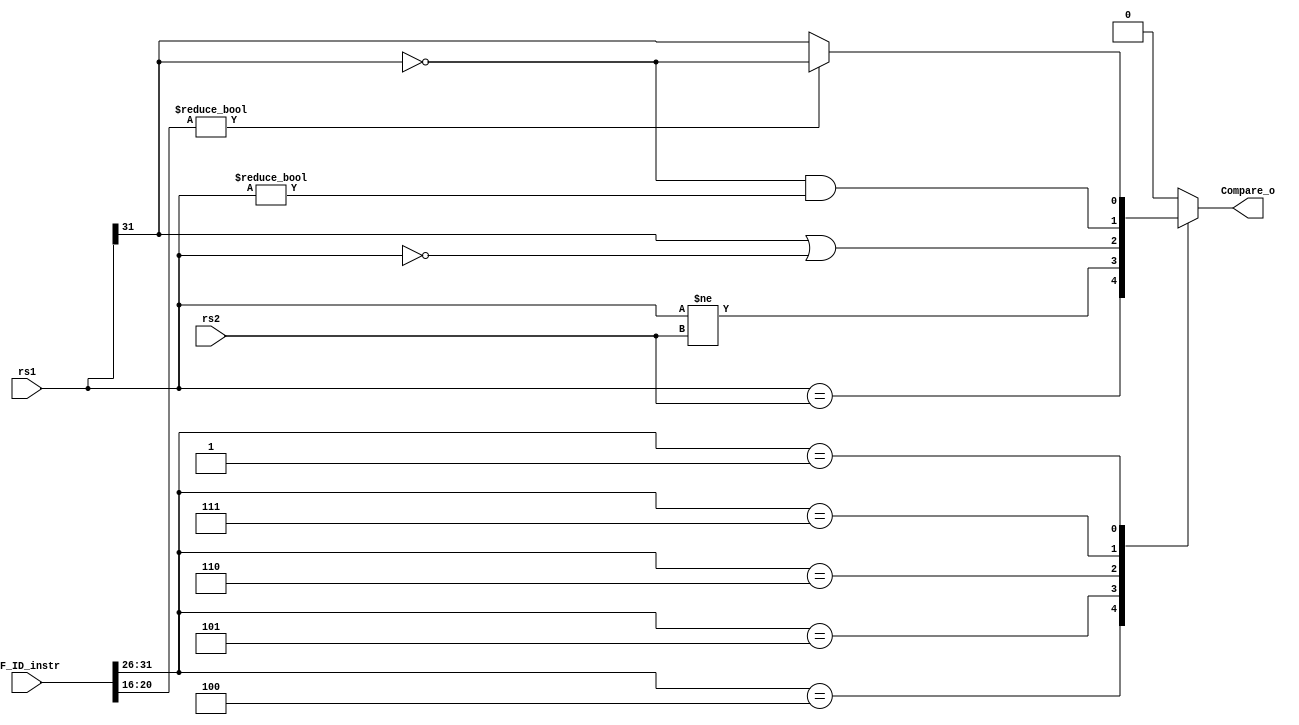
module Compare(rs1,rs2,IF_ID_instr,Compare_o);
  input[31:0] rs1;
  input[31:0] rs2;
  input[31:0] IF_ID_instr;


  output Compare_o;
  
  reg Compare_reg;
  assign Compare_o=Compare_reg;
  initial
    Compare_reg=0;
  always@(rs1 or rs2 or IF_ID_instr)
    begin
      Compare_reg=0;
      case(IF_ID_instr[31:26])
        
        6'b000100:Compare_reg=(rs1==rs2);//beq
        6'b000101:Compare_reg=(rs1!=rs2);//bne
        6'b000110:Compare_reg=((rs1[31]==1)||(rs1==0));//blez
        6'b000111:Compare_reg=((rs1[31]==0)&&(rs1!=0));//bgtz
        6'b000001:Compare_reg=IF_ID_instr[20:16]?(rs1[31]==0):(rs1[31]==1);//bgez or bltz
        
      endcase
    end
  
    
  
endmodule